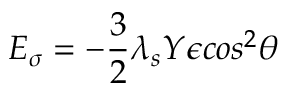
E _ { \sigma } = - \frac { 3 } { 2 } \lambda _ { s } Y \epsilon c o s ^ { 2 } \theta